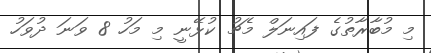
މި މުބާރާތުގެ ފައިނަލް މެޗު ކުޅޭނީ މި މަހު 8 ވަނަ ދުވަހު